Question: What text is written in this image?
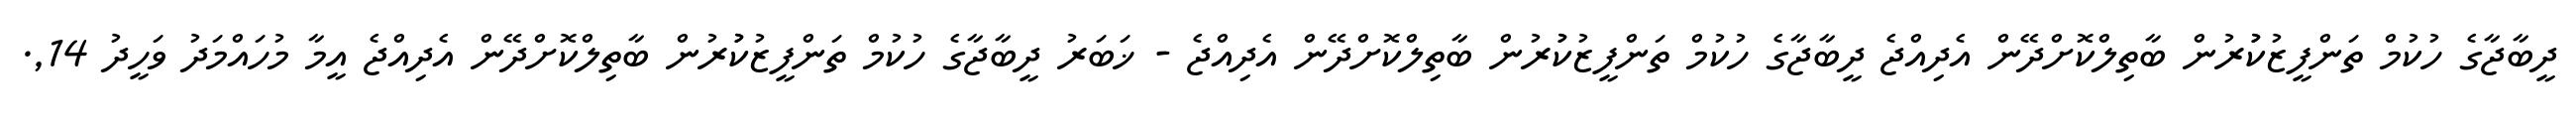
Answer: ދީބާޖާގެ ހުކުމް ތަންފީޒުކުުރުން ބާތިލްކޮށްދޭން އެދިއްޖެ ދީބާޖާގެ ހުކުމް ތަންފީޒުކުުރުން ބާތިލްކޮށްދޭން އެދިއްޖެ - ޚަބަރު ދީބާޖާގެ ހުކުމް ތަންފީޒުކުުރުން ބާތިލްކޮށްދޭން އެދިއްޖެ އީމާ މުހައްމަދު ވަހީދު 14,.